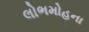
લોભમોહના